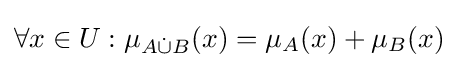
\forall x\in U:\mu _{A{\dot {\cup }}B}(x)=\mu _{A}(x)+\mu _{B}(x)